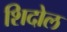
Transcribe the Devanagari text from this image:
शिदोल